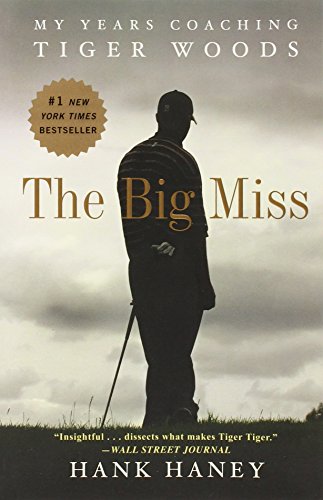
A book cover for The Big Miss: My Years Coaching Tiger Woods; Hank Haney; Biographies & Memoirs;